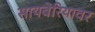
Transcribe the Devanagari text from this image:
सायबेरियावर